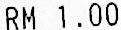
RM 1.00